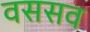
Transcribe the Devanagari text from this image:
वससव